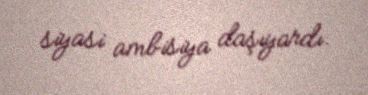
siyasi ambisiya daşıyardı.